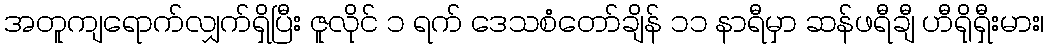
အတူကျရောက်လျှက်ရှိပြီး ဇူလိုင် ၁ ရက် ဒေသစံတော်ချိန် ၁၁ နာရီမှာ ဆန်ဖရီချီ ဟီရိုရှီးမား၊